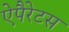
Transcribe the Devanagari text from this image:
ऐपैरेटस